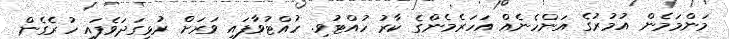
މަންމަމެން އުމުރުގެ އަންހެނެއް އަހަރެމެންގެ ކާރު ހުއްޓުވި. ހުއްޓުވާފައި ވަރަށް ރުޅިގަދަވެފައި ހުރެގެން